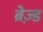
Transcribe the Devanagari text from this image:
ब्रेज़्ड